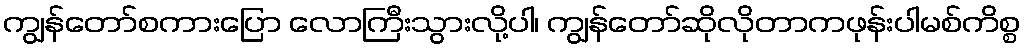
ကျွန်တော်စကားပြော လောကြီးသွားလို့ပါ၊ ကျွန်တော်ဆိုလိုတာကဖုန်းပါမစ်ကိစ္စ